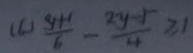
( 6 ) \frac { y + 1 } { 6 } - \frac { 2 y - 5 } { 4 } \geq 1